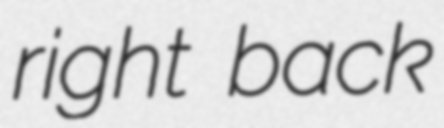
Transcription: right back